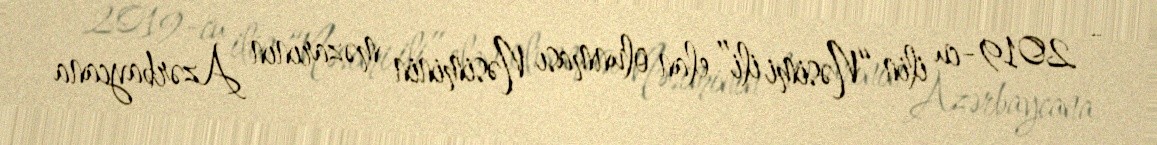
- 2019-cu ilin “Nəsimi ili” elan olunması Nəsiminin məzarının Azərbaycana